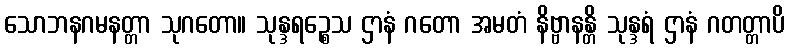
သောဘနဂမနတ္တာ သုဂတော။ သုန္ဒရဉ္စေသ ဌာနံ ဂတော အမတံ နိဗ္ဗာနန္တိ သုန္ဒရံ ဌာနံ ဂတတ္တာပိ